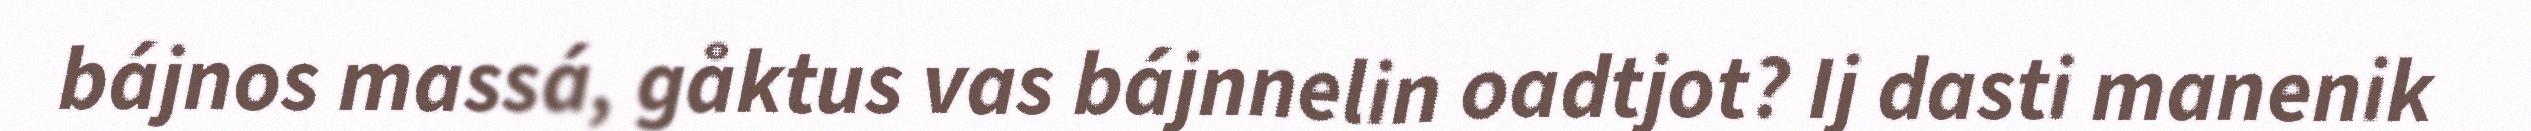
bájnos massá, gåktus vas bájnnelin oadtjot? Ij dasti manenik